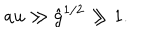
a u \gg { \hat { g } } ^ { 1 / 2 } \gg 1 .